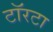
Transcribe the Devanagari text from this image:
टॉरटा